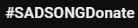
#SADSONGDonate